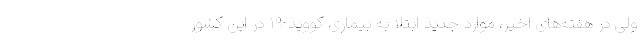
ولی در هفته‌های اخیر، موارد جدید ابتلا به بیماری کووید-۱۹ در این کشور